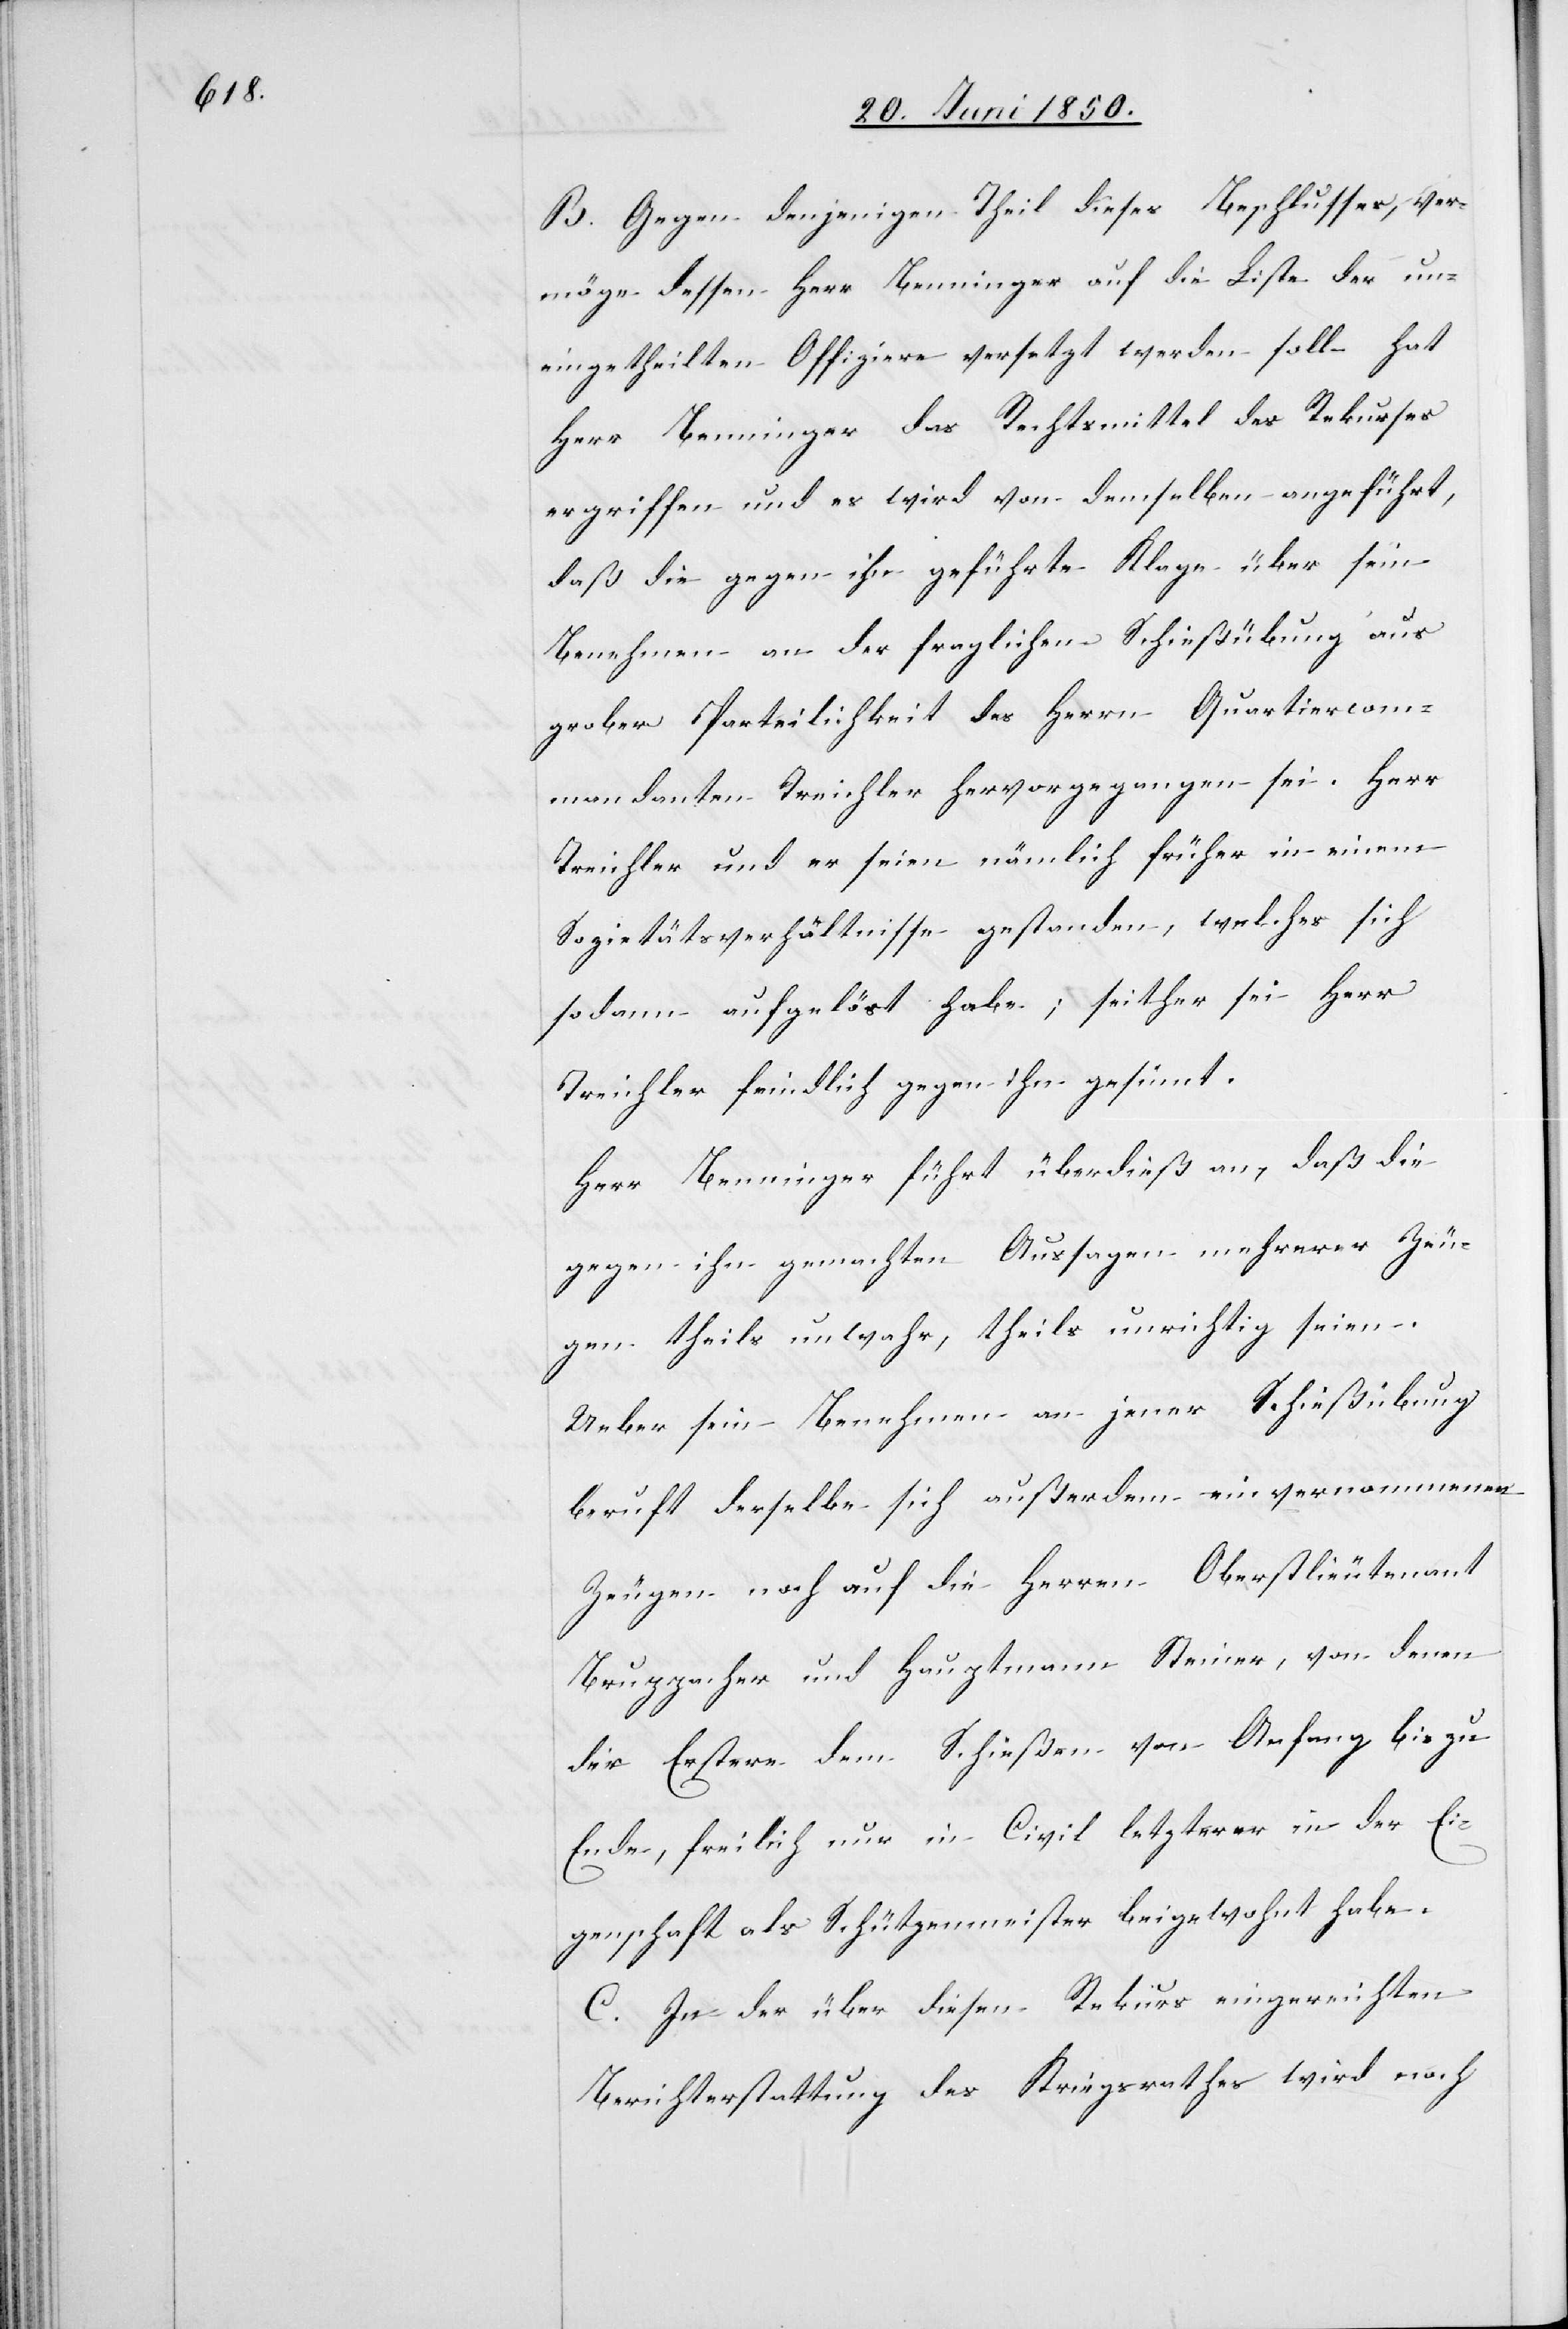
B. Gegen denjenigen Theil dieses Beschlusses, ver¬
möge dessen Herr Benninger auf die Liste der un¬
eingetheilten Offiziere versetzt werden soll hat
Herr Benninger das Rechtsmittel des Rekurses
ergriffen und es wird von demselben angeführt,
daß die gegen ihn geführte Klage über sein
Benehmen an der fraglichen Schießübung aus
grober Parteilichkeit des Herrn Quartiercom¬
mandanten Treichler hervorgegangen sei. Herr
Treichler und er seien nämlich früher in einem
Sozietätsverhältnisse gestanden, welches sich
sodann aufgelöst habe; seither sei Herr
Treichler feindlich gegen ihn gesinnt.
Herr Benninger führt überdieß an, daß die
gegen ihn gemachten Aussagen mehrerer Zeu¬
gen theils unwahr, theils unrichtig seien.
Ueber sein Benehmen an jener Schießübung
beruft derselbe sich außerdem einvernommenen
Zeugen noch auf die Herren Oberstlieutenant
Bruppacher und Hauptmann Steiner, von denen
der Erstere dem Schießen von Anfang bis zu
Ende, freilich nur in Civil letzterer in der Ei¬
genschaft als Schützenmeister beigewohnt habe.
C. In der über diesen Rekurs eingereichten
Berichterstattung des Kriegsrathes wird noch